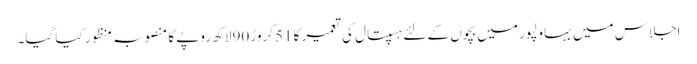
اجلاس میں بہاولپور میں بچوں کے لئے ہسپتال کی تعمیر کا 51کروڑ 90لاکھ روپے کا منصوبہ منظور کیا گیا۔